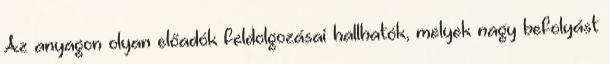
Az anyagon olyan előadók feldolgozásai hallhatók, melyek nagy befolyást